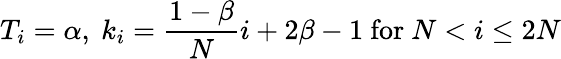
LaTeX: T_{i}=\alpha,\ k_{i}=\frac{1-\beta}{N}i+2\beta-1\ \mathrm{for}\ N<i\leq 2N